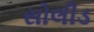
સોલીડ